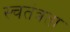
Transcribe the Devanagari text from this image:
स्चतंत्रता